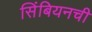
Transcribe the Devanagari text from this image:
सिंबियनची